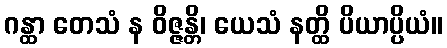
ဂန္ထာ တေသံ န ဝိဇ္ဇန္တိ၊ ယေသံ နတ္ထိ ပိယာပ္ပိယံ။